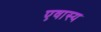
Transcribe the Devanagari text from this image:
एवास्य